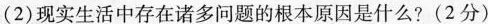
（2）现实生活中存在诸多问题的根本原因是什么？（2分）